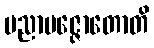
ပညာပဇ္ဇောတောတိ